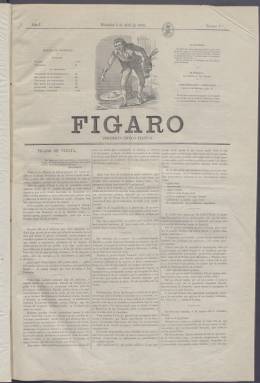
Título: Fígaro (Madrid. 1868)
Colección: Periódicos
Ámbito geográfico: Madrid
Lugar de publicación: Madrid
Fechas: 08/04/1868-06/10/1868